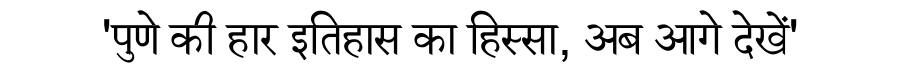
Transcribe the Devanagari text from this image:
'पुणे की हार इतिहास का हिस्सा, अब आगे देखें'